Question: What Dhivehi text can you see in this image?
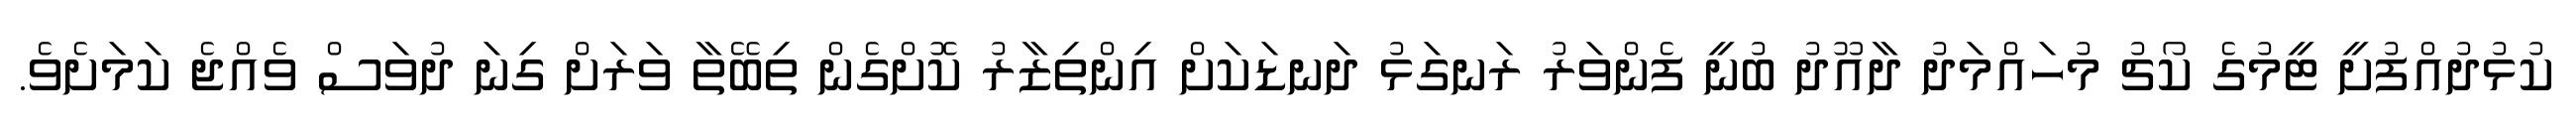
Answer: ކުޅުދުއްފުށީ ޓީމުގެ ކޯޗު މުހައްމަދު ދާއޫދު ބުނީ ފެންވަރު ރަނގަޅު ދަނޑަކަށް އިންތިޒާރު ކޮށްގެން ތިބޭތާ ވަރަށް ގިނަ ދުވަސް ވެއްޖެ ކަމަށެވެ.